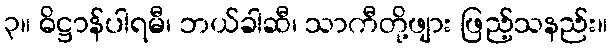
၃။ ဓိဋ္ဌာန်ပါရမီ၊ ဘယ်ခါဆီ၊ သာကီတို့ဖျား ဖြည့်သနည်း။